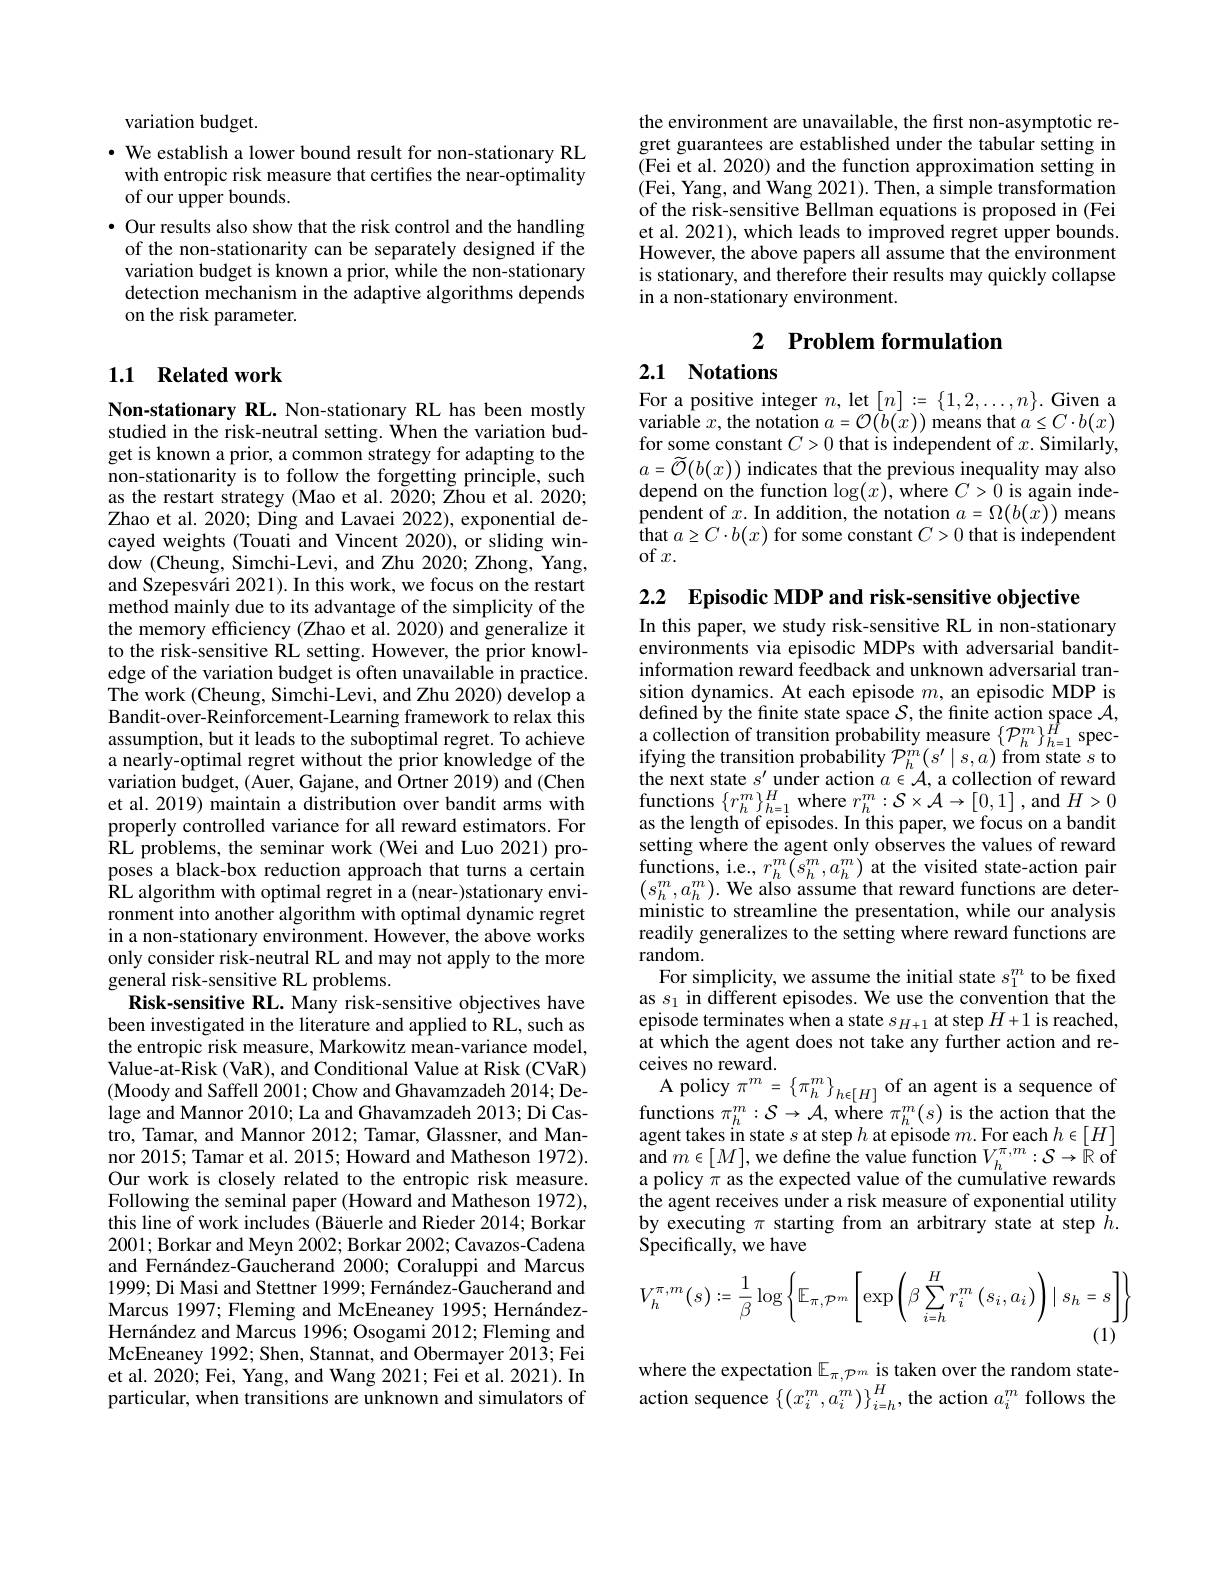
variation budget.
· We establish a lower bound result for non-stationary RL
with entropic risk measure that certifies the near-optimality
of our upper bounds.
$\bullet$ Our results also show that the risk control and the handling of the non-stationarity can be separately designed if the variation budget is known a prior, while the non-stationary detection mechanism in the adaptive algorithms depends on the risk parameter.

### 1.1 Related work

Non-stationary RL. Non-stationary RL has been mostly studied in the risk-neutral setting. When the variation budget is known a prior, a common strategy for adapting to the non-stationarity is to follow the forgetting principle, such as the restart strategy (Mao et al. 2020; Zhou et al. 2020; Zhao et al. 2020; Ding and Lavaei 2022), exponential decayed weights (Touati and Vincent 2020), or sliding window (Cheung, Simchi-Levi, and Zhu 2020; Zhong, Yang, and Szepesvári 2021). In this work, we focus on the restart method mainly due to its advantage of the simplicity of the the memory efficiency (Zhao et al. 2020) and generalize it to the risk-sensitive RL setting. However, the prior knowledge of the variation budget is often unavailable in practice. The work (Cheung, Simchi-Levi, and Zhu 2020) develop a Bandit-over-Reinforcement-Learning framework to relax this assumption, but it leads to the suboptimal regret. To achieve a nearly-optimal regret without the prior knowledge of the variation budget, (Auer, Gajane, and Ortner 2019) and (Chen et al. 2019) maintain a distribution over bandit arms with properly controlled variance for all reward estimators. For RL problems, the seminar work (Wei and Luo 2021) proposes a black-box reduction approach that turns a certain RL algorithm with optimal regret in a (near-)stationary environment into another algorithm with optimal dynamic regret in a non-stationary environment. However, the above works only consider risk-neutral RL and may not apply to the more general risk-sensitive RL problems.
Risk-sensitive RL. Many risk-sensitive objectives have been investigated in the literature and applied to RL, such as the entropic risk measure, Markowitz mean-variance model, Value-at-Risk (VaR), and Conditional Value at Risk (CVaR) (Moody and Saffell 2001; Chow and Ghavamzadeh 2014; Delage and Mannor 2010; La and Ghavamzadeh 2013; Di Castro, Tamar, and Mannor 2012; Tamar, Glassner, and Mannor 2015; Tamar et al. 2015; Howard and Matheson 1972). Our work is closely related to the entropic risk measure. Following the seminal paper (Howard and Matheson 1972), this line of work includes (Bäuerle and Rieder 2014; Borkar 2001; Borkar and Meyn 2002; Borkar 2002; Cavazos-Cadena and Fernández-Gaucherand 2000; Coraluppi and Marcus 1999; Di Masi and Stettner 1999; Fernández-Gaucherand and Marcus 1997; Fleming and McEneaney 1995; HernándezHernández and Marcus 1996; Osogami 2012; Fleming and McEneaney 1992; Shen, Stannat, and Obermayer 2013; Fei et al. 2020; Fei, Yang, and Wang 2021; Fei et al. 2021). In particular, when transitions are unknown and simulators of

the environment are unavailable, the first non-asymptotic regret guarantees are established under the tabular setting in (Fei et al. 2020) and the function approximation setting in (Fei, Yang, and Wang 2021). Then, a simple transformation of the risk-sensitive Bellman equations is proposed in (Fei et al. 2021), which leads to improved regret upper bounds. However, the above papers all assume that the environment is stationary, and therefore their results may quickly collapse in a non-stationary environment.

# 2 Problem formulation

# 2.1 Notations

For a positive integer $n$, let $[n]:=\{1,2,\ldots,n\}.$ Given a variable $x$, the notation $a=\mathcal{O}(\bar{b}(x))$ means that $a\leq C\cdot b(x)$ for some constant $C>0$ that is independent of $x.$ Similarly, $a=\widetilde{\mathcal{O}}(b(x))$indicates that the previous inequality may also depend on the function $\log(x)$,where $C>0$ is again inde- $\begin{array}{l}{{\text{pendent of }x.\mathrm{~In~addition,~the~notation~}a=\Omega(b(x))~means}}\\{{\text{that }a\geq C\cdot b(x)~for~some~constant~}C>0~that~is~independent}\end{array}$ of$x.$

2.2 $\textbf{Episodic MDP and risk- sensitive objective}$
In this paper, we study risk-sensitive RL in non-stationary environments via episodic MDPs with adversarial banditinformation reward feedback and unknown adversarial transition dynamics. At each episode $m$, an episodic MDP is defined by the finite state space $\mathcal{S}$, the finite action space $\mathcal{A}$, $\begin{array}{ll}{\text{a collection of transition probability measure}\left\{\mathcal{P}_{h}^{m}\right\}_{h=1}^{\#}\mathrm{~spec-}}\\{\text{ifying the transition probability }\mathcal{P}_{h}^{m}\left(s^{\prime}\mid s,a\right)\mathrm{~from~state~s~to}}\end{array}$ $\begin{array}{l}{\text{the next state }s^{\prime}\text{under action }a\in\mathcal{A},\text{a collection of reward}}\\{\text{functions }\{r_{h}^{m}\}_{h=1}^{H}\text{ where }r_{h}^{m}:\mathcal{S}\times\mathcal{A}\to[0,1],\mathrm{and~}H>0}\end{array}$ as the length of episodes. In this paper, we focus on a bandit setting where the agent only observes the values of reward functions, i. e, $r_{h}^{m}\left ( s_{h}^{m}, a_{h}^{m}\right )$at the visited state- action pair $\left ( s_{h}^{m}, a_{h}^{m}\right ) .$ We also assume that reward functions are deter- ministic to streamline the presentation, while our analysis readily generalizes to the setting where reward functions are random.
For simplicity, we assume the initial state $s_1^m$ to be fixed as $s_1$ in different episodes. We use the convention that the episode terminates when a state $s_H+1$ at step $H+1$ is reached, at which the agent does not take any further action and receives no reward.
$\begin{array}{cc}\mathrm{A~policy~}\pi^{m}=\left\{\pi_{h}^{m}\right\}_{h\epsilon[H]}\text{ of an agent is a sequence of}\\\mathrm{functions~}\pi_{h}^{m}:\mathcal{S}\to\mathcal{A},\mathrm{~where~}\pi_{h}^{m}(s)\text{ is the action that the}\end{array}$ agent takes in state $s$ at step $h$ at episode $m.$For each $h\in[H]$ $\operatorname { \mathrm{and}} _{m\in [ M] , \text{we define the value function}}V_{h}^{\pi , m}: \mathcal{S} \to \tilde{\mathbb{R} }$of a policy $\pi$ as the expected value of the cumülative rewards the agent receives under a risk measure of exponential utility by executing $\pi$ starting from an arbitrary state at step $h.$ Specifically, we have
$$V_{h}^{\pi,m}(s):=\frac{1}{\beta}\log\left\{\mathbb{E}_{\pi,\mathcal{P}^{m}}\left[\exp\left(\beta\sum_{i=h}^{H}r_{i}^{m}\left(s_{i},a_{i}\right)\right)\mid s_{h}=s\right]\right\}$$
(1)

where the expectation $\mathbb{E}_\pi,\mathcal{P}^m$ is taken over the random stateaction sequence $\{(x_i^m,a_i^m)\}_{i=h}^H$, the action $a_i^m$ follows the